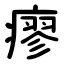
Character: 瘳